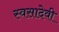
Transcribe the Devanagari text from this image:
स्वसादेवी